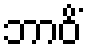
ဘာဝိံ